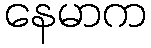
နေမာက